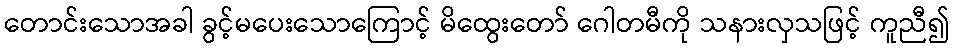
တောင်းသောအခါ ခွင့်မပေးသောကြောင့် မိထွေးတော် ဂေါတမီကို သနားလှသဖြင့် ကူညီ၍